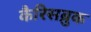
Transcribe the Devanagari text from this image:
कैरिसब्रुक